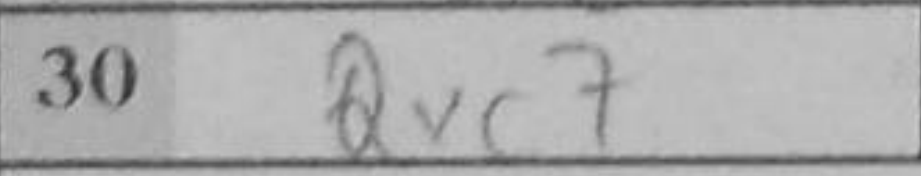
Transcription: Qxc7